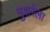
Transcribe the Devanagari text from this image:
मुशर्रला